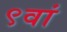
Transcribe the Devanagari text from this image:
९वां